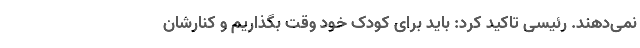
نمی‌دهند. رئیسی تاکید کرد: باید برای کودک خود وقت بگذاریم و کنارشان